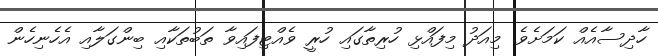
ހާދިސާއެއް ކަމަށެވެ. މިއަދު މިފައްޅި ހުރިތާގައި ހުރީ ވެއްޓިފައިވާ ތަބުތަކާއި ބިންގަލާއި އެހެނިހެން